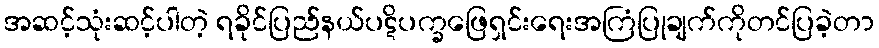
အဆင့်သုံးဆင့်ပါတဲ့ ရခိုင်ပြည်နယ်ပဋိပက္ခဖြေရှင်းရေးအကြံပြုချက်ကိုတင်ပြခဲ့တာ